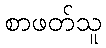
စာဖတ်သူ